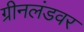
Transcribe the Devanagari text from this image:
ग्रीनलंडवर